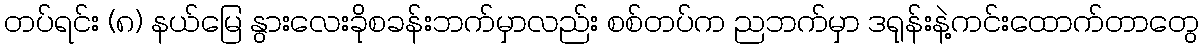
တပ်ရင်း (၈) နယ်မြေ နွားလေးခိုစခန်းဘက်မှာလည်း စစ်တပ်က ညဘက်မှာ ဒရုန်းနဲ့ကင်းထောက်တာတွေ